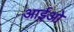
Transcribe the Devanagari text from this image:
आईओ